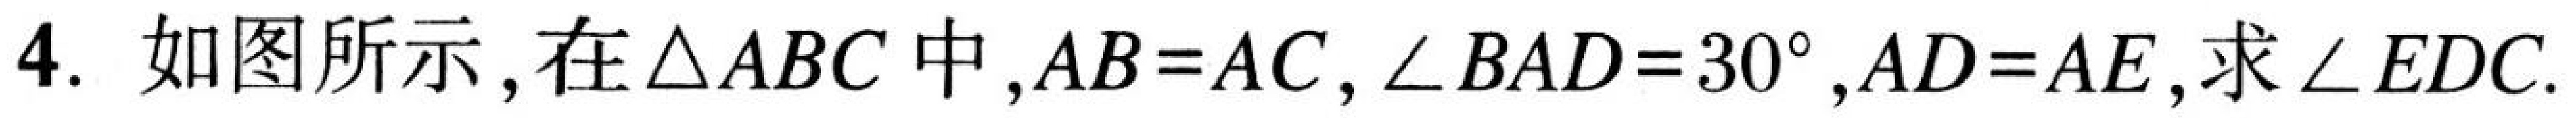
4. 如图所示,在\(\triangle ABC\)中,\(AB = AC\),\(\angle BAD = 30^{\circ}\),\(AD = AE\),求\(\angle EDC\).